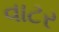
વાટર